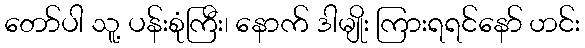
တော်ပါ သူ့ ပန်းစုံကြီး၊ နောက် ဒါမျိုး ကြားရရင်နော် ဟင်း